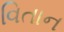
વિતાન